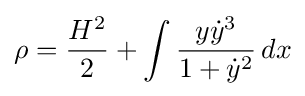
\rho ={\frac {H^{2}}{2}}+\int {\frac {y{\dot {y}}^{3}}{1+{\dot {y}}^{2}}}\,dx